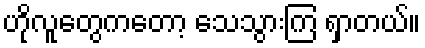
ဟိုလူတွေကတော့ သေသွားကြ ရှာတယ်။